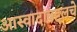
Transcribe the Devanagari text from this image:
आस्वादाबद्दलचे